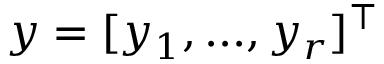
y = [ y _ { 1 } , . . . , y _ { r } ] ^ { \intercal }